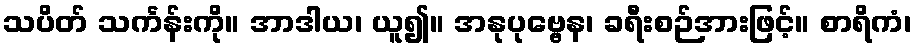
သပိတ် သင်္ကန်းကို။ အာဒါယ၊ ယူ၍။ အနုပုဗ္ဗေန၊ ခရီးစဉ်အားဖြင့်။ စာရိကံ၊